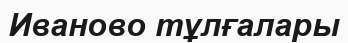
Иваново тұлғалары